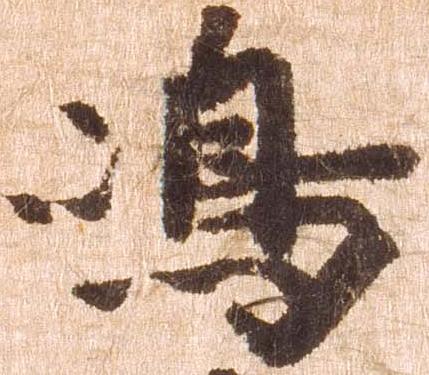
嶋